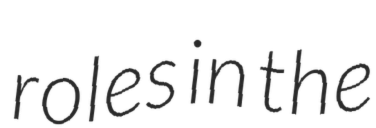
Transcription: roles in the